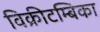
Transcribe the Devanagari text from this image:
विक्रीटम्बिका